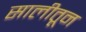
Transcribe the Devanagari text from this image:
सालीतून